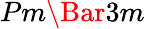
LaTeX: Pm\Bar{3}m